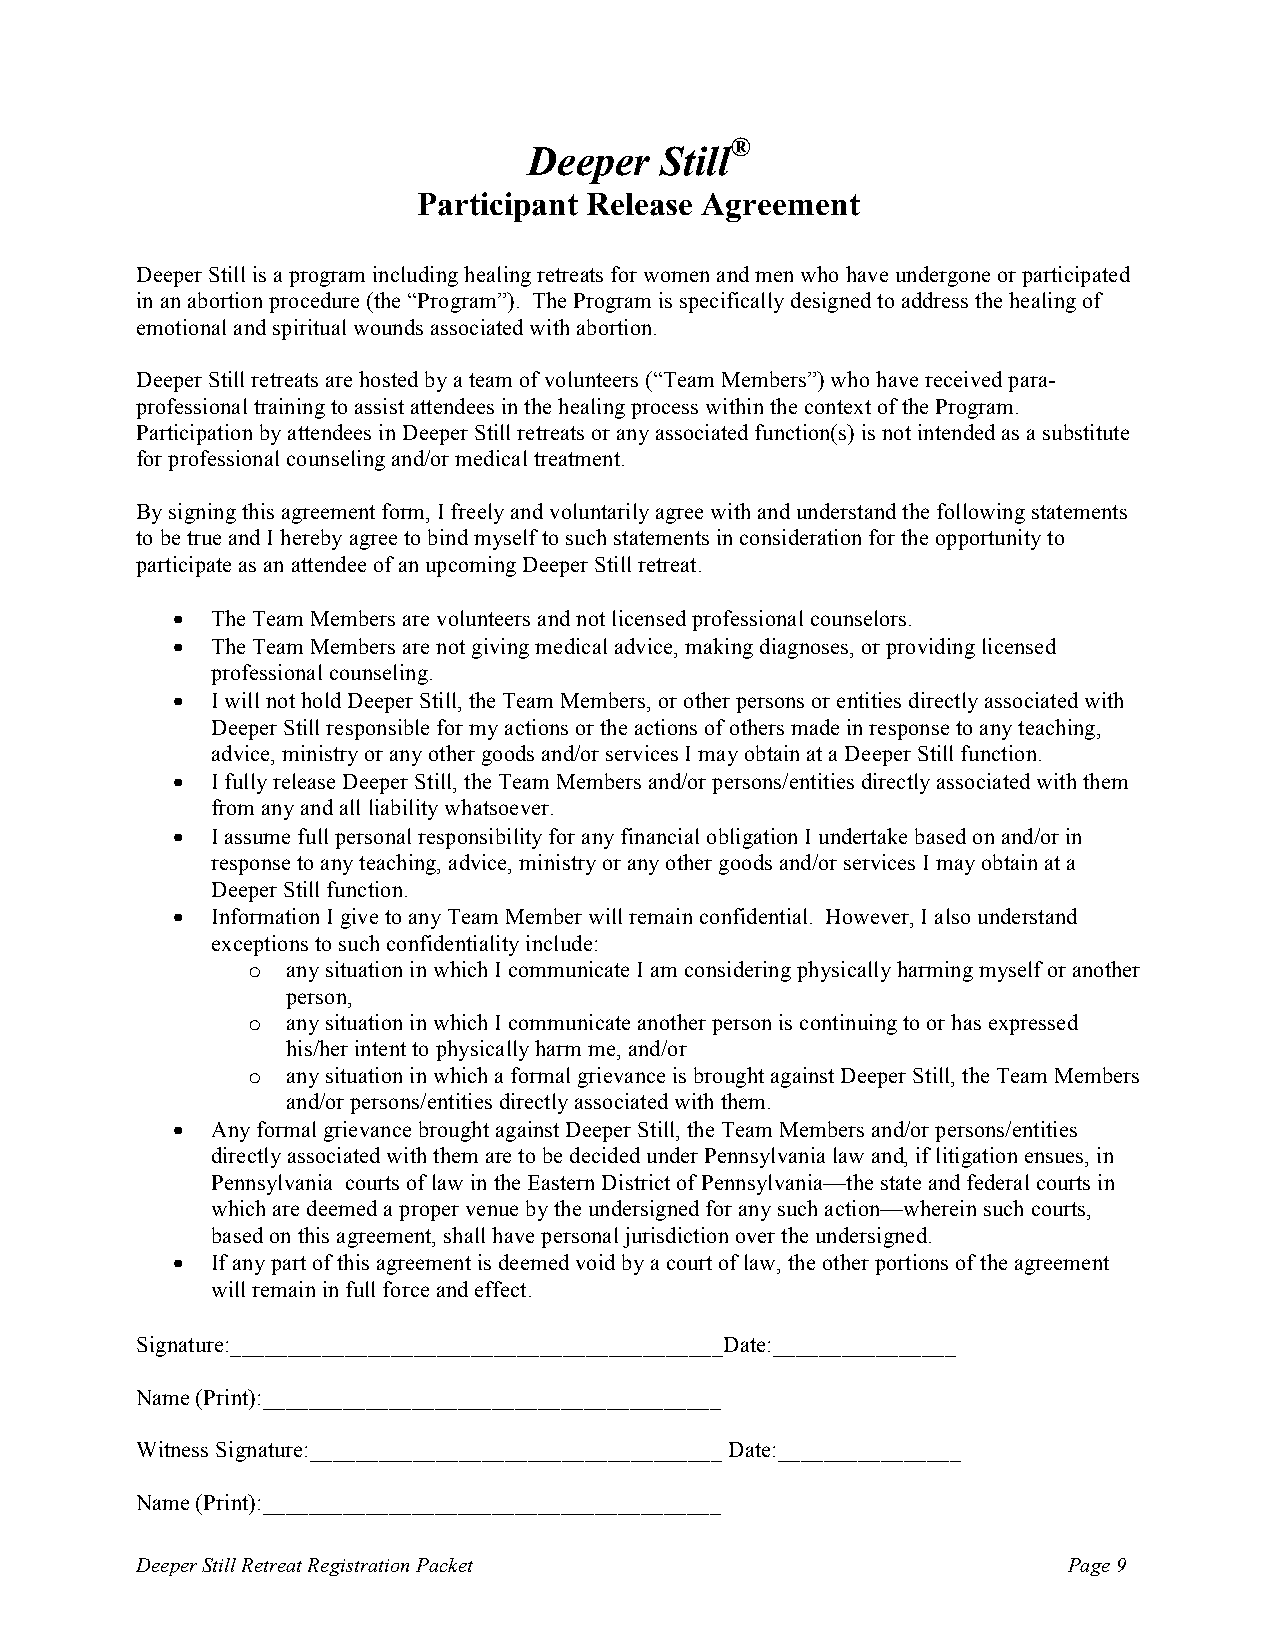
®
 Deeper   Still
 Participant Release Agreement
 Deeper Still is a program including healing retreats for women and men who have undergone or participated
 in an abortion procedure (the “Program”). The Program is specifically designed to address the healing of
 emotional and spiritual wounds associated with abortion.
 Deeper Still retreats are hosted by a team of volunteers (“Team Members”) who have received para-
 professional training to assist attendees in the healing process within the context of the Program.
 Participation by attendees in Deeper Still retreats or any associated function(s) is not intended as a substitute
 for professional counseling and/or medical treatment.
 By signing this agreement form, I freely and voluntarily agree with and understand the following statements
 to be true and I hereby agree to bind myself to such statements in consideration for the opportunity to
 participate as an attendee of an upcoming Deeper Still retreat.
 •  The Team Members are volunteers and not licensed professional counselors.
 •  The Team Members are not giving medical advice, making diagnoses, or providing licensed
 professional counseling.
 •  I will not hold Deeper Still, the Team Members, or other persons or entities directly associated with
 Deeper Still responsible for my actions or the actions of others made in response to any teaching,
 advice, ministry or any other goods and/or services I may obtain at a Deeper Still function.
 •  I fully release Deeper Still, the Team Members and/or persons/entities directly associated with them
 from any and all liability whatsoever.
 •  I assume full personal responsibility for any financial obligation I undertake based on and/or in
 response to any teaching, advice, ministry or any other goods and/or services I may obtain at a
 Deeper Still function.
 •  Information I give to any Team Member will remain confidential. However, I also understand
 exceptions to such confidentiality include:
 o  any situation in which I communicate I am considering physically harming myself or another
 person,
 o  any situation in which I communicate another person is continuing to or has expressed
 his/her intent to physically harm me, and/or
 o  any situation in which a formal grievance is brought against Deeper Still, the Team Members
 and/or persons/entities directly associated with them.
 •  Any formal grievance brought against Deeper Still, the Team Members and/or persons/entities
 directly associated with them are to be decided under Pennsylvania law and, if litigation ensues, in
 Pennsylvania courts of law in the Eastern District of Pennsylvania—the state and federal courts in
 which are deemed a proper venue by the undersigned for any such action—wherein such courts,
 based on this agreement, shall have personal jurisdiction over the undersigned.
 •  If any part of this agreement is deemed void by a court of law, the other portions of the agreement
 will remain in full force and effect.
 Signature:___________________________________________Date:________________
 Name (Print):________________________________________
 Witness Signature:____________________________________ Date:________________
 Name (Print):________________________________________
 Deeper Still Retreat Registration Packet                      Page 9